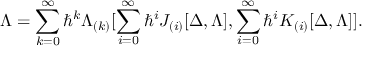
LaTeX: \Lambda = \sum _ { k = 0 } ^ { \infty } \hbar ^ { k } \Lambda _ { ( k ) } [ \sum _ { i = 0 } ^ { \infty } \hbar ^ { i } J _ { ( i ) } [ \Delta , \Lambda ] , \sum _ { i = 0 } ^ { \infty } \hbar ^ { i } K _ { ( i ) } [ \Delta , \Lambda ] ] .